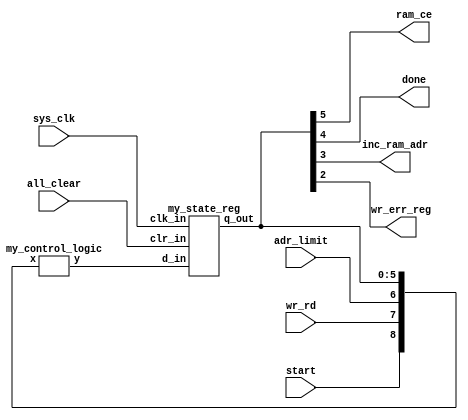
   //--------------------------------------------------!
   //        !
   // (ram_control_unit)                   !
   //--------------------------------------------------!
   //                2020-09-17                !
   //--------------------------------------------------!

//= ram_control_unit ========================================!
//                                                           !
//                        !
//       :                              !
//                                                           !
// control_logic --     ; !
// state_reg -- ,    .  !
//===========================================================!

//===========   =============================
//
//          !=======================[5:0]q_out=================!
//          !                                                  !
//          !   !-control_logic--!               !-state_reg-! !
//          !==>!     Y=F(X)     !      wire     !    DFF    ! !
// start ------>!                ! [5:0]int_data !           ! !    ram_ce
// wr_rd ------>![8:0]x   [5:0]y !==============>!d_in  q_out!=!==> done
// adr_limit -->!                !               !           !      inc_ram_adr
//              !                ! !------------>!clk_in     !      wr_err_reg
//              !                ! ! !---------->!clr_in     !
//              !----------------! ! !           !-----------!
// sys_clk ------------------------! !
// all_clear ------------------------!

//===========================================================

module ram_control_unit
    (
    start, wr_rd, adr_limit, all_clear, sys_clk,
    ram_ce, done, inc_ram_adr, wr_err_reg
    );
    input   start;      // 
    input   wr_rd;      // /
    input   adr_limit;  //   
    input   all_clear;  //  
    input   sys_clk;    //   
    
    output  ram_ce;         //  
    output  done;           //   ""
    output  inc_ram_adr;    // =+1 (   )
    output  wr_err_reg;     //    


////================================!
////    !
////================================!
    wire    [5:0] int_data;   //  control_logic   state_reg
    wire    [5:0] st_reg_out; //  state_reg   control_logic


//----------------------------------------------------------------!
//       . !
//----------------------------------------------------------------!
// !------------!        !----------!
// !  - !        !       !
// !     !        !  !
// !      !        !    !
// !------------!        !----------!
//      !                     !
//     \!/                   \!/
//      !                     !
    my_control_logic    control_logic
    (

// !-------------!       !--------!
// !       !       !  !
// ! !       !!
// !       !       !  !
// !-------------!       !--------!
//   !          _____________!
//   !         !
//  \!/       \!/
//   !         !
    .x      ({start, wr_rd, adr_limit,st_reg_out}),
    .y      (int_data)
    );

    //--------------------------------!
    //    !
    //--------------------------------!
    my_state_reg    state_reg
    (
     .d_in      (int_data),
     .clk_in    (sys_clk),
     .clr_in    (all_clear),
     .q_out     (st_reg_out)
     );
     
    //---------------------!
    //    !
    //---------------------!
    assign  ram_ce       = (st_reg_out[5]); 
    assign  done         = (st_reg_out[4]);
    assign  inc_ram_adr  = (st_reg_out[3]);
    assign  wr_err_reg   = (st_reg_out[2]);
endmodule


//==============================!
//       !
//      !
//==============================!

//-my_control_logic--------------------------!
//                !
//  .                       !
// y = F(. ,  ).       !
// ..        !
//         !
//      ,          !
//     !
//-------------------------------------------!

module my_control_logic(x, y);
    // 
    input       [8:0] x; // .  +   state_reg
    // 
    output reg	[5:0] y; //  state_reg[5:2]
    //   .
    //      [1]  [0]   
    //  state_reg       
    //     
    
    parameter idle  = 6'b100000;
    parameter w1    = 6'b000001;
    parameter w2    = 6'b100001;
    parameter w3_1  = 6'b110001;
    parameter w3_2  = 6'b101001;
    parameter r1    = 6'b000010;
    parameter r2    = 6'b000110;
    parameter r3    = 6'b100010;
    parameter r4_1  = 6'b110010;
    parameter r4_2  = 6'b101010;

    always@ (x)

// ******   *********************************************
begin
//          !-------------------!  !----------!  !-------------!  !----------!
//          !   -  !  !    !  !    !  !     !
//          !   .      !  !     !  !    !  !  !
//          !   !  !          !  !             !  !          !
//          !-------------------!  !----------!  !-------------!  !----------!
         if (x == {3'b000, idle})   y = idle;   // idle -> idle     (1)
    else if (x == {3'b001, idle})   y = idle;   // idle -> idle     (1)
    else if (x == {3'b010, idle})   y = idle;   // idle -> idle     (1)
    else if (x == {3'b011, idle})   y = idle;   // idle -> idle     (1)
            //-----------------------------------------------------------
    else if (x == {3'b100, idle})   y = w1;     // idle -> w1       (2)
    else if (x == {3'b101, idle})   y = w1;     // idle -> w1       (2)
            //-----------------------------------------------------------
    else if (x == {3'b110, idle})   y = r1;     // idle -> r1       (3)
    else if (x == {3'b111, idle})   y = r1;     // idle -> r1       (3)
            //-----------------------------------------------------------
    else if (x == {3'b100, w1})     y = w2;     // w1   -> w2       (4)
    else if (x == {3'b101, w1})     y = w2;     // w1   -> w2       (4)
            //-----------------------------------------------------------
    else if (x == {3'b101, w2})     y = w3_1;   // w2   -> w3_1     (5)
            //-----------------------------------------------------------
    else if (x == {3'b100, w2})     y = w3_2;   // w2   -> w3-2     (6)
            //-----------------------------------------------------------
    else if (x == {3'b100, w3_1})   y = idle;   // w3-1 -> idle     (7)
    else if (x == {3'b101, w3_1})   y = idle;   // w3-1 -> idle     (7)
            //-----------------------------------------------------------
    else if (x == {3'b100, w3_2})   y = idle;   // w3-2 -> idle     (8)
    else if (x == {3'b101, w3_2})   y = idle;   // w3-2 -> idle     (8)
            //-----------------------------------------------------------
    else if (x == {3'b110, r1})     y = r2;     // r1   -> r2       (9)
    else if (x == {3'b111, r1})     y = r2;     // r1   -> r2       (9)
            //-----------------------------------------------------------
    else if (x == {3'b110, r2})     y = r3;     // r2   -> r3       (10)
    else if (x == {3'b111, r2})     y = r3;     // r2   -> r3       (10)
            //-----------------------------------------------------------
    else if (x == {3'b110, r3})     y = r4_2;   // r3 -> r4_2       (11)
            //-----------------------------------------------------------
    else if (x == {3'b111, r3})     y = r4_1;   // r3 -> r4_1       (12)
            //-----------------------------------------------------------
    else if (x == {3'b110, r4_1})  y = idle;    // r4_1 -> idle     (13)
    else if (x == {3'b111, r4_1})  y = idle;    // r4_1 -> idle     (13)
            //-----------------------------------------------------------
    else if (x == {3'b110, r4_2})  y = idle;    // r4_2 -> idle     (14)
    else if (x == {3'b111, r4_2})  y = idle;    // r4_2 -> idle     (14)
            //-----------------------------------------------------------
    else                           y = idle;    //   .
            //-----------------------------------------------------------
//******    ****************************************

end
endmodule


//-my_state_reg------------------------!
//  .   [5:2] !
//          !
//-------------------------------------!

module my_state_reg (d_in, clk_in, clr_in, q_out);

    //
    input [5:0]d_in;    // 
    input clk_in;       // 
    input clr_in;       //  
    //
    output reg [5:0]q_out; // 

    always @ (posedge clr_in or posedge clk_in)
begin
    if (clr_in)
    q_out <= 6'b100000;// 
    else
    q_out <= d_in;	//    
end
endmodule